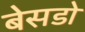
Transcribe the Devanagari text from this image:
बेसडो